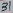
Text: 22